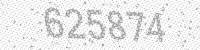
Solution: 625874